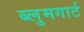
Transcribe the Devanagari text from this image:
ब्लुमगार्ट